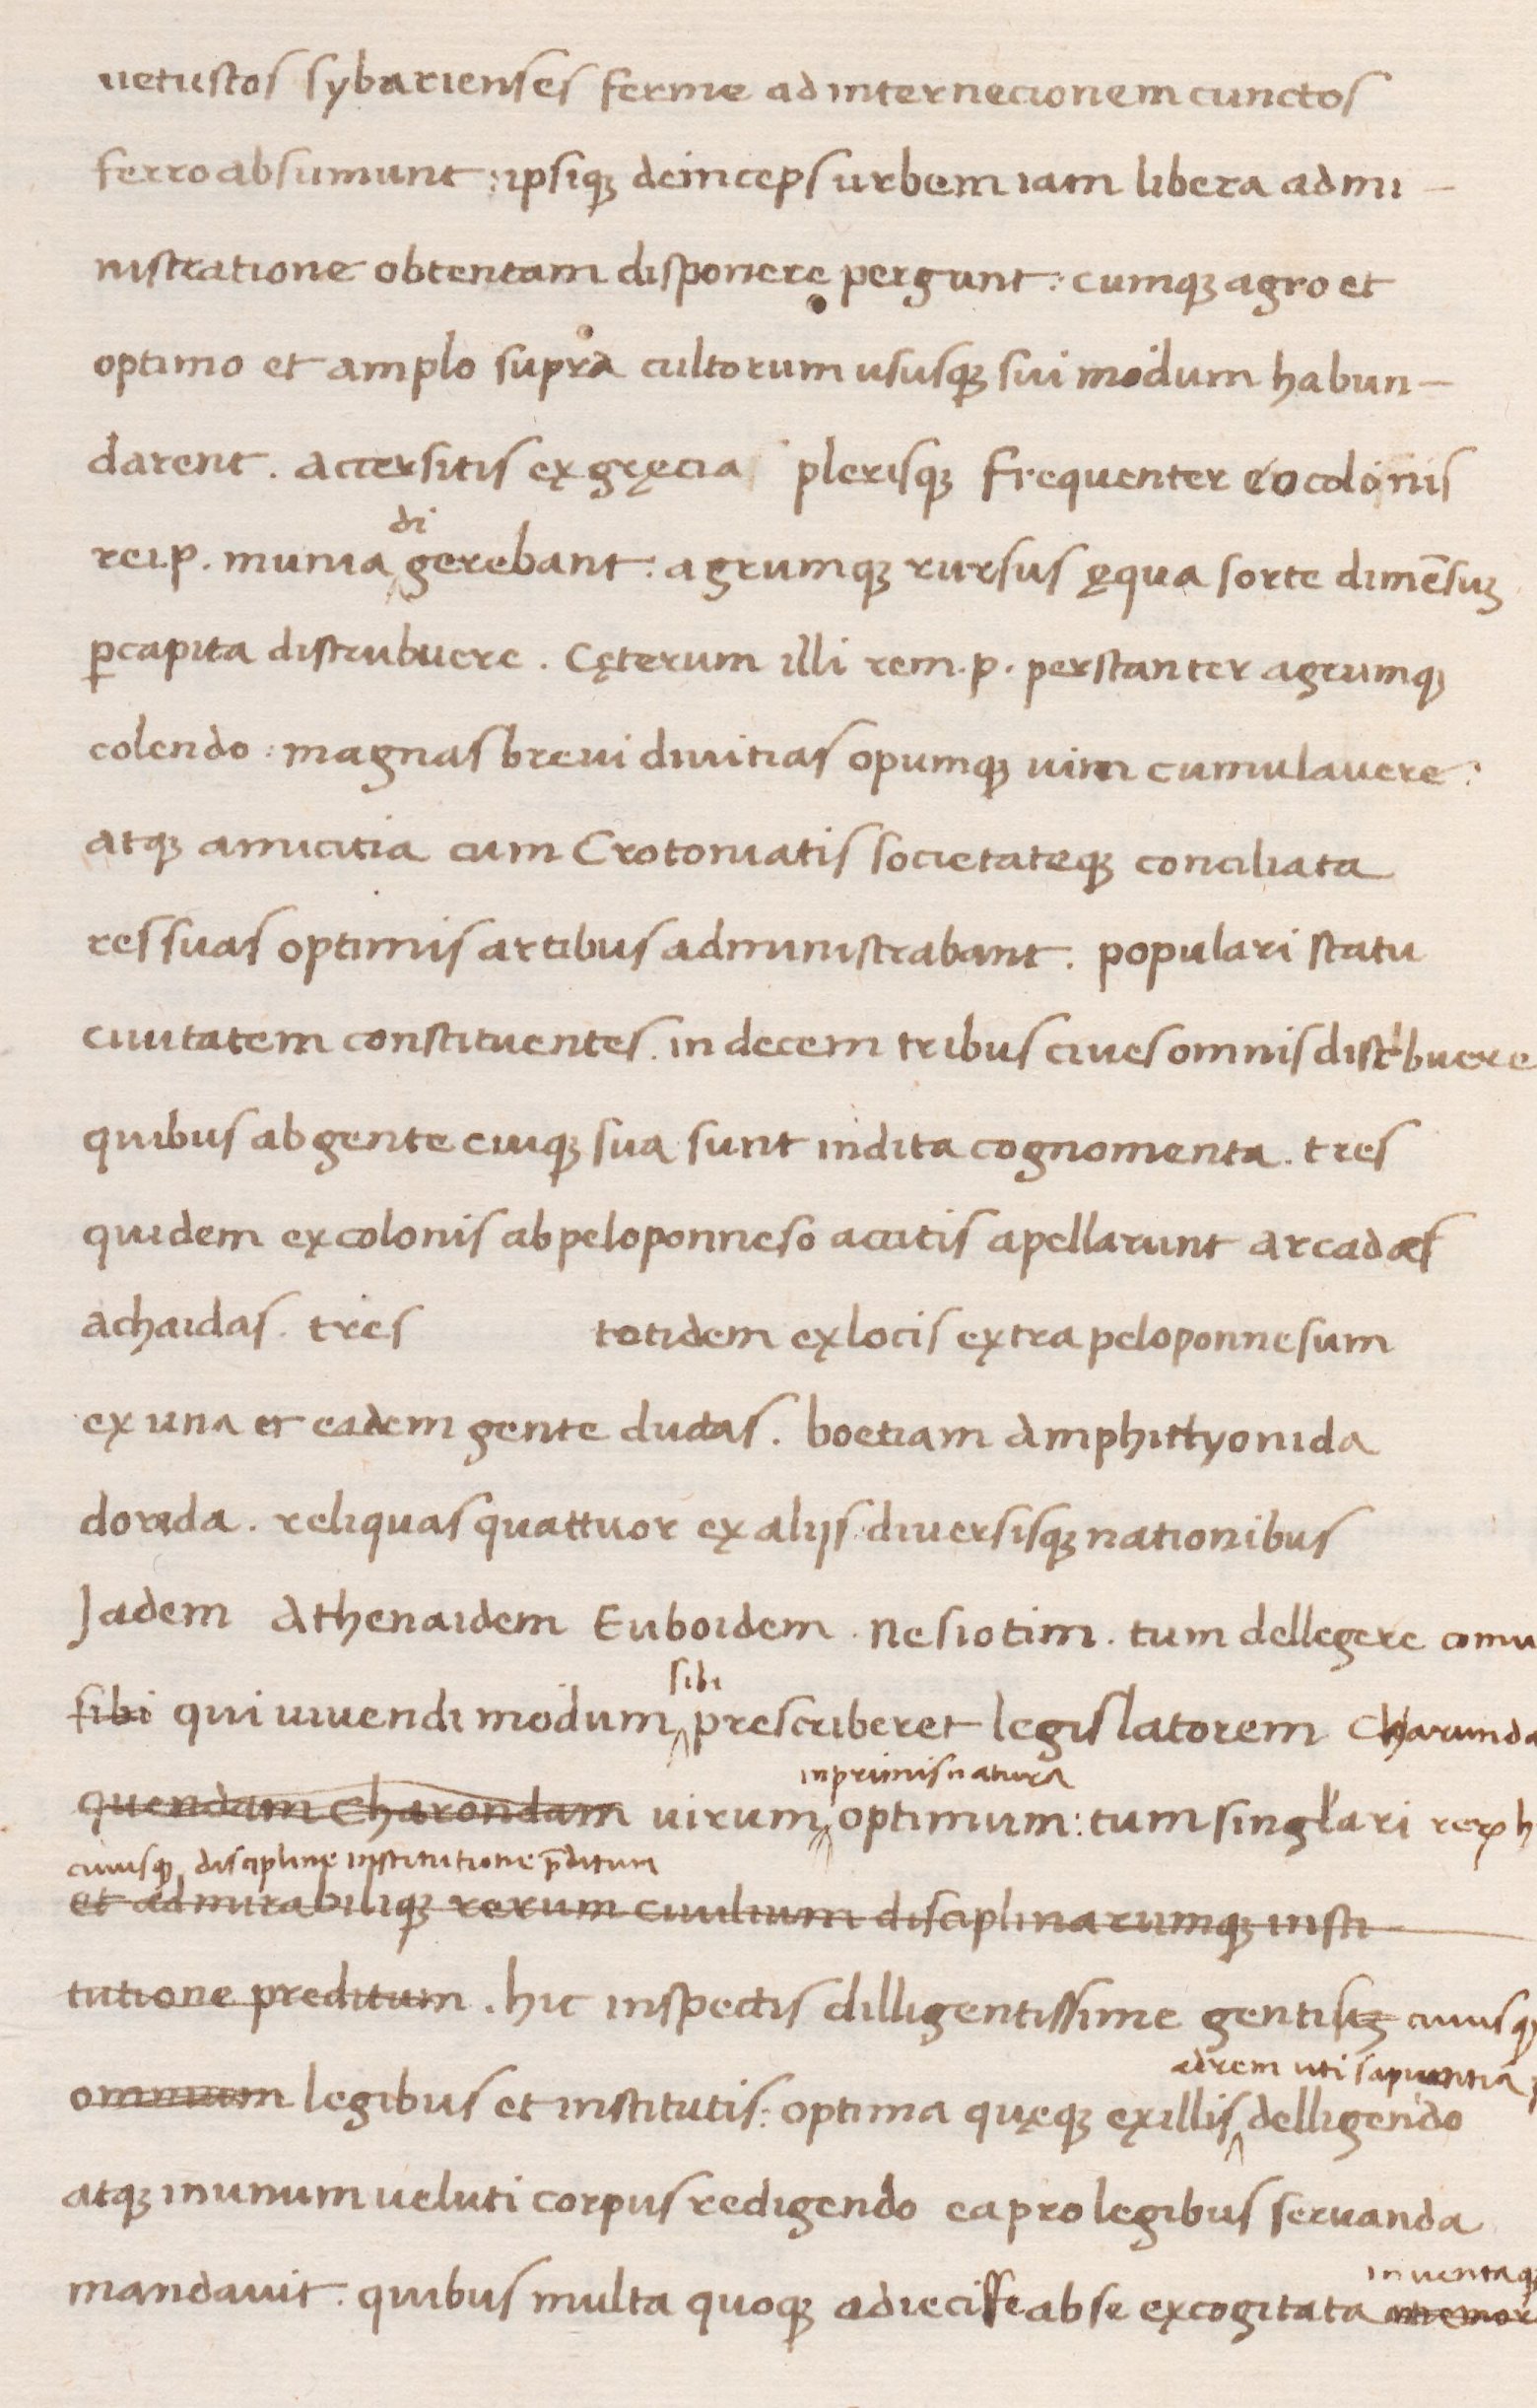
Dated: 1438–1468